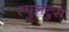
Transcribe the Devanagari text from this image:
स्पुलटुरा